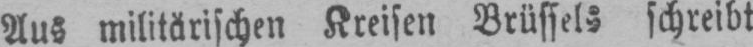
Aus militärischen Kreisen Brüssels schreibt